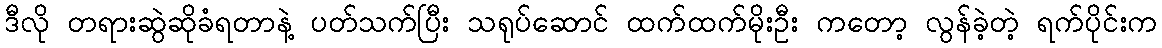
ဒီလို တရားဆွဲဆိုခံရတာနဲ့ ပတ်သက်ပြီး သရုပ်ဆောင် ထက်ထက်မိုးဦး ကတော့ လွန်ခဲ့တဲ့ ရက်ပိုင်းက